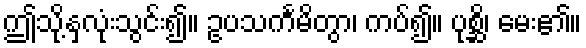
ဤသို့နှလုံးသွင်း၍။ ဥပသင်္ကမိတွာ၊ ကပ်၍။ ပုစ္ဆိ၊ မေး၏။